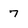
Character: 7